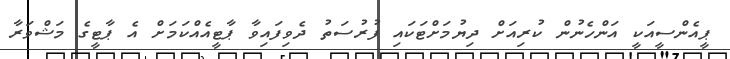
ޕީއެންސީއަކީ އަންހެނުން ކުރިއަށް ދިޔުމަށްޓަކައި ފުރުސަތު ދެވިފައިވާ ޕާޓީއެއްކަމަށް އެ ޕާޓީގެ މަޝްވަރާ